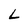
Character: L